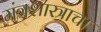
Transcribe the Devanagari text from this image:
मंत्रशास्त्राचा